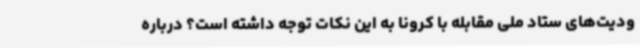
ودیت‌های ستاد ملی مقابله با کرونا به این نکات توجه داشته است؟‌ درباره